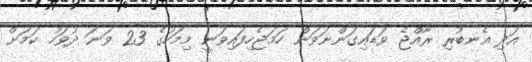
އަދި އެނބުރި ރާއްޖެ ވަޑައިގަންނަވަން ހަމަޖެހިފައިވަނީ މިމަހުގެ 23 ވަނަ ދުވަހު ކަމަށް